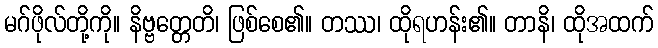
မဂ်ဖိုလ်တို့ကို။ နိဗ္ဗတ္တေတိ၊ ဖြစ်စေ၏။ တဿ၊ ထိုရဟန်း၏။ တာနိ၊ ထိုအထက်